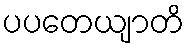
ပပတေယျာတိ